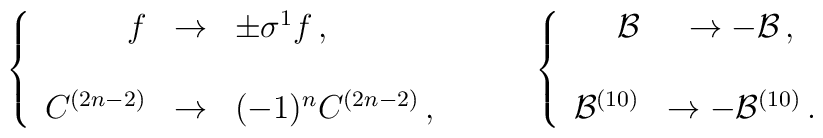
\left\{\begin{array}{rcl}f  & \rightarrow & \pm\sigma^{1}f\, ,     \\& & \\C^{(2n-2)} & \rightarrow & (-1)^{n} C^{(2n-2)}\, ,\\\end{array}\right.\hspace{1cm}\left\{\begin{array}{rcl}{\cal B} & \rightarrow -{\cal B}\, ,\\& & \\{\cal B}^{(10)} & \rightarrow -{\cal B}^{(10)}\, .\\\end{array}\right.